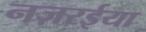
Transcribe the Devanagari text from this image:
नज़रईया